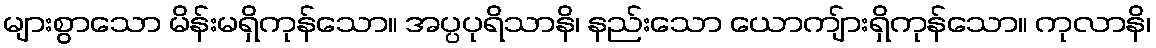
များစွာသော မိန်းမရှိကုန်သော။ အပ္ပပုရိသာနိ၊ နည်းသော ယောကျ်ားရှိကုန်သော။ ကုလာနိ၊